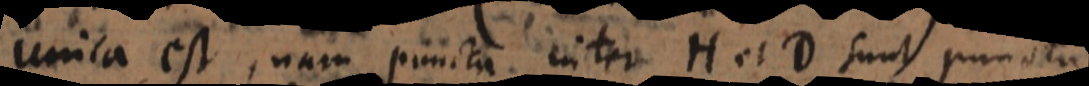
unica est, nam puncta inter H et D sunt puncta